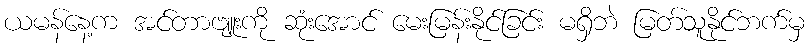
ယမန်နေ့က အင်တာဗျူးကို ဆုံးအောင် မေးမြန်းနိုင်ခြင်း မရှိဘဲ မြတ်သူနိုင်ဘက်မှ